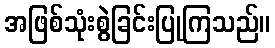
အဖြစ်သုံးစွဲခြင်းပြုကြသည်။